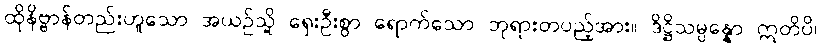
ထိုနိဗ္ဗာန်တည်းဟူသော အယဉ်သို့ ရှေးဦးစွာ ရောက်သော ဘုရားတပည့်အား။ ဒိဋ္ဌိသမ္ပန္နော ဣတိပိ၊